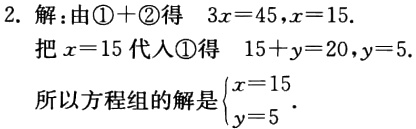
2. 解：由\textcircled{1}+\textcircled{2}得 \(3x = 45\)，\(x = 15\).

把 \(x = 15\) 代入\textcircled{1}得 \(15 + y = 20\)，\(y = 5\).

所以方程组的解是\(\begin{cases}x = 15\\y = 5\end{cases}\).